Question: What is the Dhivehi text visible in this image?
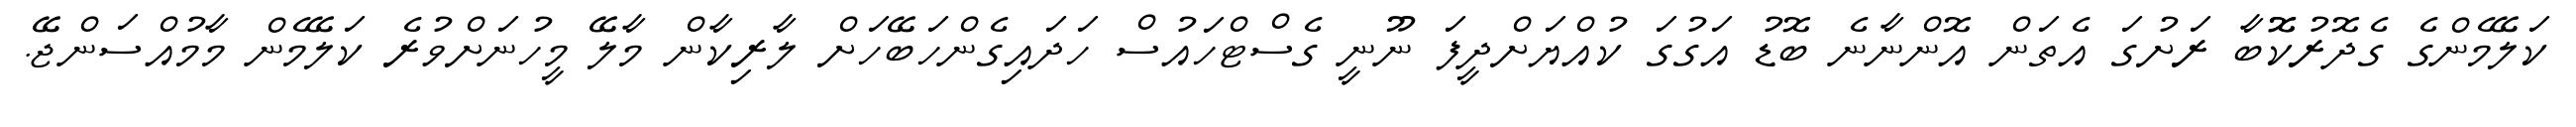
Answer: ކަލޭމެންގެ ގެދޮރުކޮޮބާ ރަށުގަ އެތަން އޮންނާނެ ބޮޑު އަގުގަ ކުއްޔަށްދީފަ ނޫނީ ގެސްޓްހައުސް ހަދައިގެންހަބޭހަށް ލާރިކާން މާލޭ މީހުނަށްވުރެ ކަލޭމެން މާމުއްސަންޖޭ.